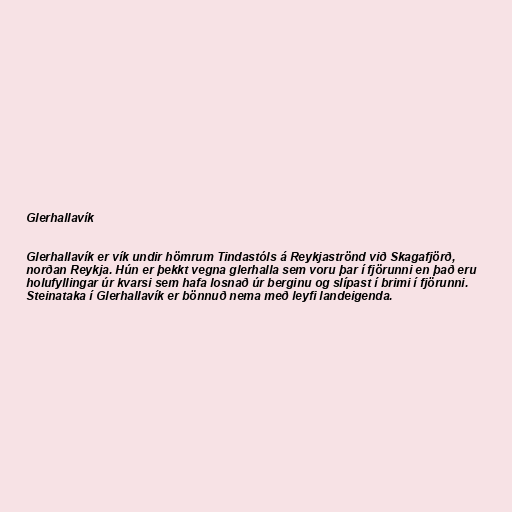
Glerhallavík

Glerhallavík er vík undir hömrum Tindastóls á Reykjaströnd við Skagafjörð,
norðan Reykja. Hún er þekkt vegna glerhalla sem voru þar í fjörunni en það eru
holufyllingar úr kvarsi sem hafa losnað úr berginu og slípast í brimi í fjörunni.
Steinataka í Glerhallavík er bönnuð nema með leyfi landeigenda.